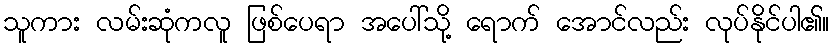
သူကား လမ်းဆုံကလူ ဖြစ်ပေရာ အပေါ်သို့ ရောက် အောင်လည်း လုပ်နိုင်ပါ၏။